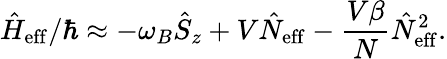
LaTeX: \hat{H}_{\mathrm{eff}}/\hbar\approx-\omega_{B}\hat{S}_{z}+V\hat{N}_{\mathrm{eff}}-\frac{V\beta}{N}\hat{N}_{\mathrm{eff}}^{2}.